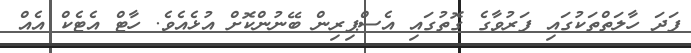
ފަދަ ހާލަތްތަކުގައި ފަރުވާގެ ގޮތުގައި އެސްޕިރިން ބޭނުންކޮށް އުޅެއެވެ. ހާޓް އެޓެކް އެއް